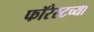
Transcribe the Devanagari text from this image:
फॉरेस्टच्या